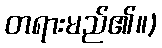
တရားမည်၏။)